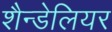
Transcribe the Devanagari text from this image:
शैन्डेलियर